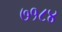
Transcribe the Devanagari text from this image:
७१८४